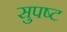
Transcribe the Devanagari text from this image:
सुपष्ट